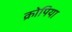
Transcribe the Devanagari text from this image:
क्रोपिया